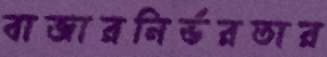
বাজারনির্ভরতার